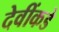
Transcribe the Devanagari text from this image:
देवींकडे